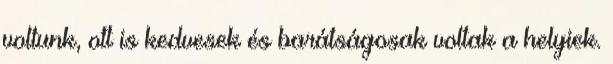
voltunk, ott is kedvesek és barátságosak voltak a helyiek.